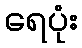
ရေပုံး